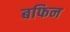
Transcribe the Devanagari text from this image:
बफिन